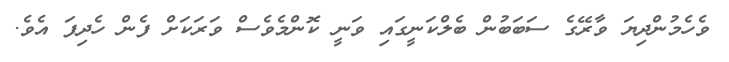
ވެހެމުންދިޔަ ވާރޭގެ ސަބަބުން ބެލްކަނީގައި ވަނީ ކޮންމެވެސް ވަރަކަށް ފެން ހެދިފަ އެވެ.